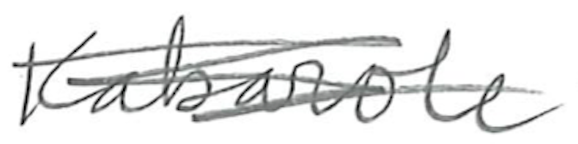
Text: Kabarole
Cross-out: scratch
Writing tool: pencil